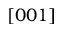
[ 0 0 1 ]